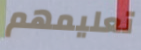
تعليمهم